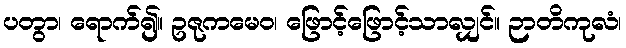
ပတွာ၊ ရောက်၍။ ဥဇုကမေဝ၊ ဖြောင့်ဖြောင့်သာလျှင်။ ဉာတိကုလံ၊